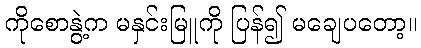
ကိုစောနွဲ့က မနှင်းမြူကို ပြန်၍ မချေပတော့။